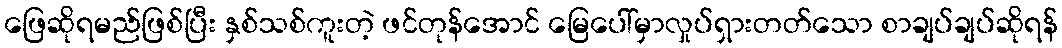
ဖြေဆိုရမည်ဖြစ်ပြီး နှစ်သစ်ကူးတဲ့ ဖင်တုန်အောင် မြေပေါ်မှာလှုပ်ရှားတတ်သော စာချပ်ချပ်ဆိုရန်